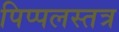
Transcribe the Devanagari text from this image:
पिप्पलस्तत्र